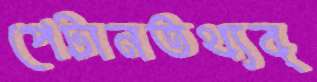
পেটানতথ্যব্